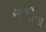
ભાભીના